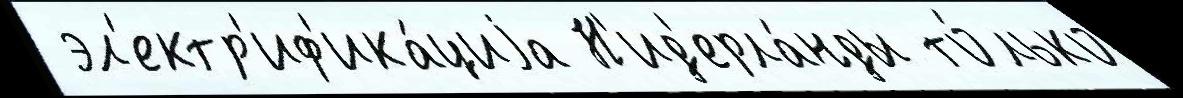
 эл'ектр'иф'ика́циjа Н'ид'ерла́нды то́лько